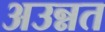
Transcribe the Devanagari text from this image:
अउन्नत